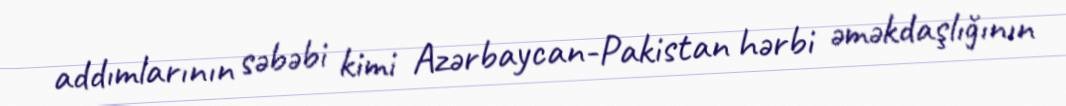
addımlarının səbəbi kimi Azərbaycan-Pakistan hərbi əməkdaşlığının